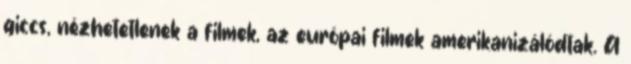
giccs, nézhetetlenek a filmek, az európai filmek amerikanizálódtak. A